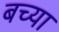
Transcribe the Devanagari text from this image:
बच्या